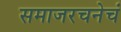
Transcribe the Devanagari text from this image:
समाजरचनेचं